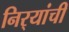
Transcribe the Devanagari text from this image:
निर्‍यांची